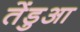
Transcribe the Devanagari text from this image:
तेंडुआ